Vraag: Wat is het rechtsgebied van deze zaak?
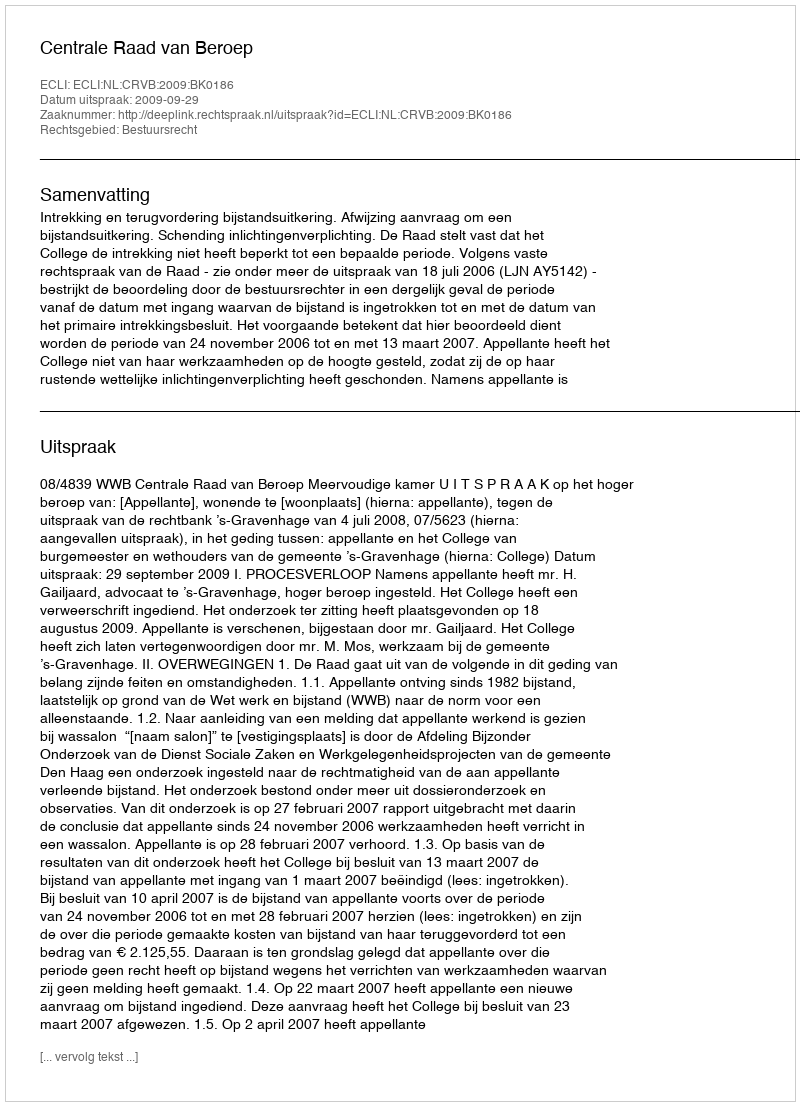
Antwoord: Bestuursrecht